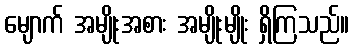
မျောက် အမျိုးအစား အမျိုးမျိုး ရှိကြသည်။